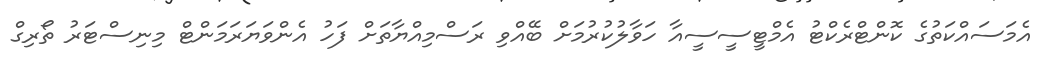
އެމަސައްކަތުގެ ކޮންޓްރެކްޓު އެމްޓީސީސީއާ ހަވާލުކުރުމަށް ބޭއްވި ރަސްމިއްޔާތަށް ފަހު އެންވަޔަރަމަންޓް މިނިސްޓަރު ތޯރިގް